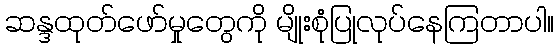
ဆန္ဒထုတ်ဖော်မှုတွေကို မျိုးစုံပြုလုပ်နေကြတာပါ။